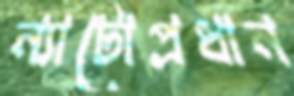
ন্যাটোপ্রধান